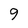
Character: 9